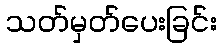
သတ်မှတ်ပေးခြင်း